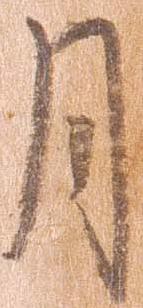
月